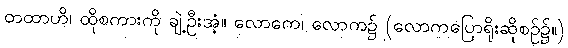
တထာဟိ၊ ထိုစကားကို ချဲ့ဦးအံ့။ လောကေ၊ လောက၌ (လောကပြောရိုးဆိုစဉ်၌။)